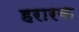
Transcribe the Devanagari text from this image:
हरारक